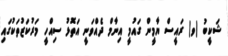
ޝަކީބު (ވ) ރައީސް ޔާމީން ގައުމީ އިނާމް ދެއްވަނީ އަތޮޅު ސިއްހީ މަރުކަޒުތަކުގައި